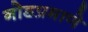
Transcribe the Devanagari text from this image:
नोडप्रमाणे